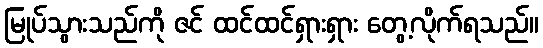
မြုပ်သွားသည်ကို ဇင် ထင်ထင်ရှားရှား တွေ့လိုက်ရသည်။